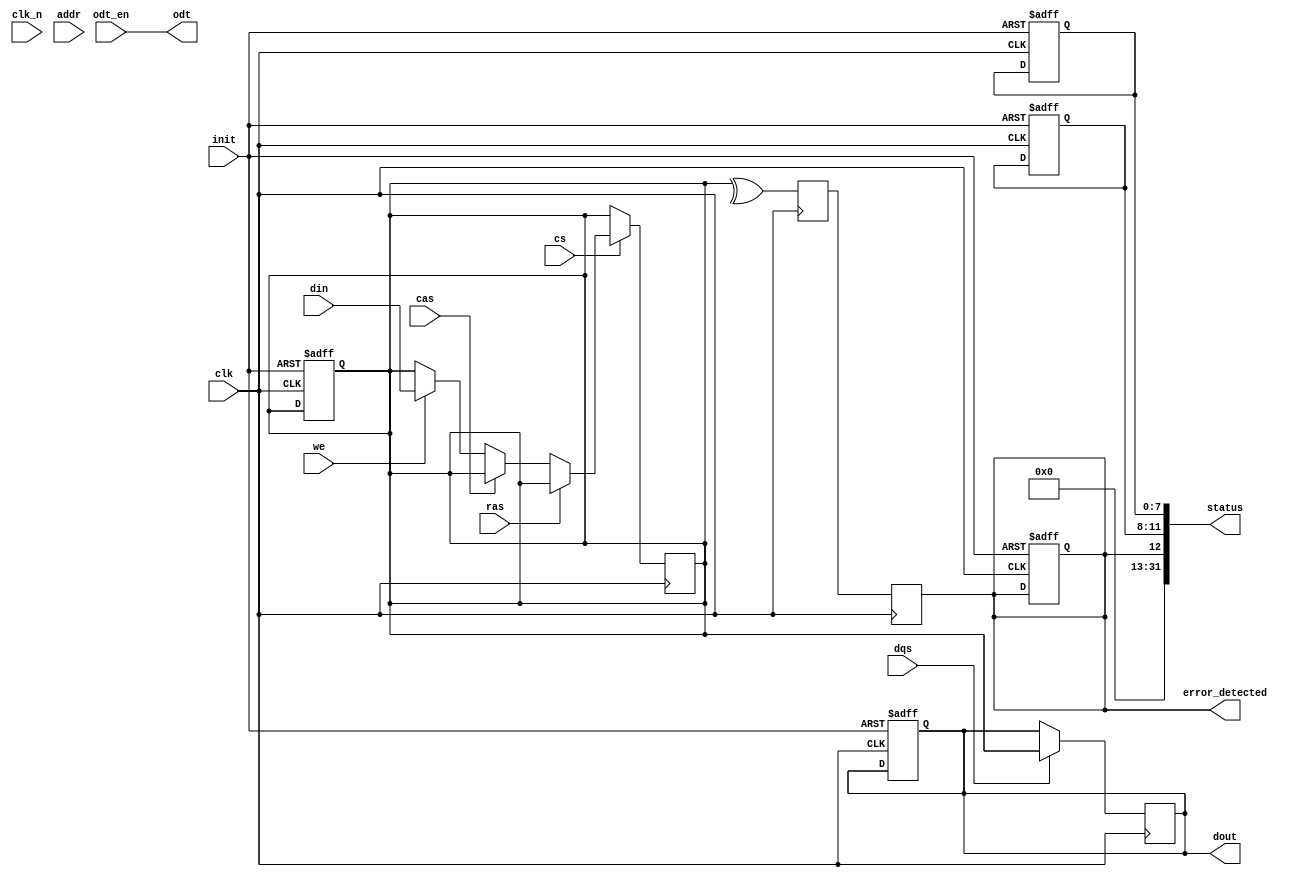
module gDDR5_IO_Block (
    input wire          clk,          // Differential clock input CK
    input wire          clk_n,        // Differential clock input CK#
    input wire [127:0] din,          // Data input (wide data bus)
    output reg [127:0] dout,         // Data output
    input wire [15:0]  addr,         // Address input
    input wire          cs,           // Chip select
    input wire          ras,          // Row address strobe
    input wire          cas,          // Column address strobe
    input wire          we,           // Write enable
    input wire          dqs,          // Data strobe signal
    input wire          odt_en,       // On-die termination enable
    output wire         odt,          // On-die termination signal
    input wire          init,         // Initialization signal
    output reg         error_detected, // Error detection signal
    output wire [31:0] status         // Status register
);
    
    // Internal signals
    reg [127:0] fifo_buffer;         // FIFO buffer for data flow control
    reg [3:0] state;                 // State machine for control
    reg [127:0] data_reg;            // Temporary data register for operations
    reg parity_flag;                 // Flag for parity checking
    
    // Configuration registers
    reg [7:0] config_reg;            // Example configuration register
    
    // Initialization and configuration
    always @(posedge clk or negedge init) begin
        if (!init) begin
            // Reset and initialize registers
            fifo_buffer <= 0;
            dout <= 0;
            state <= 0;
            error_detected <= 0;
            config_reg <= 8'h0; // Default value
        end else begin
            // Configuration logic (to be defined)
        end
    end
    
    // Command processing
    always @(posedge clk) begin
        if (cs) begin
            if (ras) begin
                // Row address strobe handling
                // Read operation (to be defined)
            end else if (cas) begin
                // Column address strobe handling
                // Write operation (to be defined)
            end else if (we) begin
                // Write enable handling
                // Write data to FIFO
                fifo_buffer <= din; // Assuming a simple write operation
            end
        end
        
        // Data strobe handling
        if (dqs) begin
            // Enable data output on positive edge of DQS
            dout <= fifo_buffer; // Output the data from FIFO buffer
        end
    end
    
    // Error Detection (Simple Example)
    always @(posedge clk) begin
        // Parity or Error Detection logic (simplified)
        parity_flag <= ^fifo_buffer; // Simple parity check
        error_detected <= parity_flag; // Set error detected if parity fails
    end
    
    // Power Management (simplified example)
    assign odt = odt_en; // On-die termination control signal
     
    // Status Register (simple example)
    assign status = {error_detected, state, config_reg};

endmodule